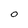
Character: O